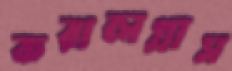
করালগ্রাস